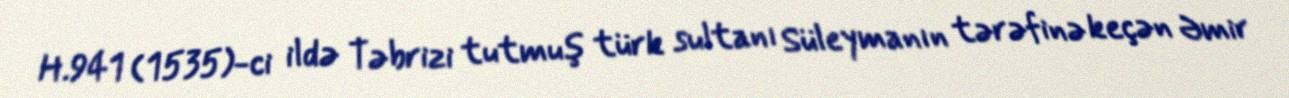
H.941 (1535)-ci ildə Təbrizi tutmuş türk sultanı Süleymanın tərəfinə keçən Əmir